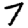
Digit: 7